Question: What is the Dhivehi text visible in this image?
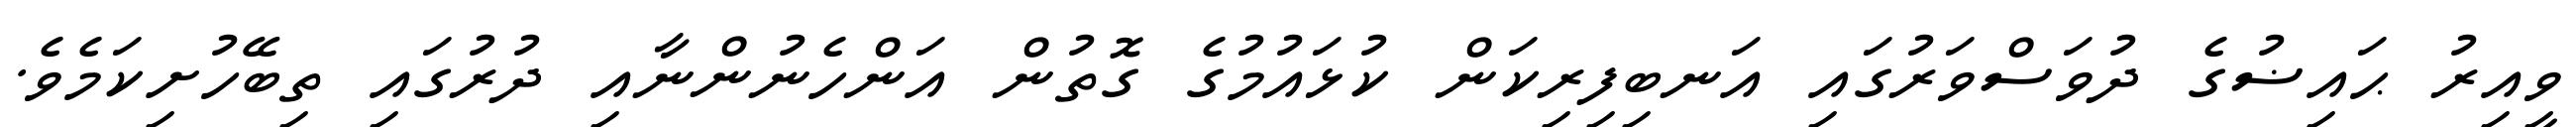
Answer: ވީއިރު ޙައިޟުގެ ދުވަސްވަރުގައި އަނބިފިރިކަން ކުޅައުމުގެ ގޮތުން އަންހެނުންނާއި ދުރުގައި ތިބޭހުށިކަމެވެ.